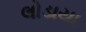
લોડાયા